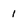
Character: 1